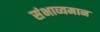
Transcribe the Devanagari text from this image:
संभाव्यमान